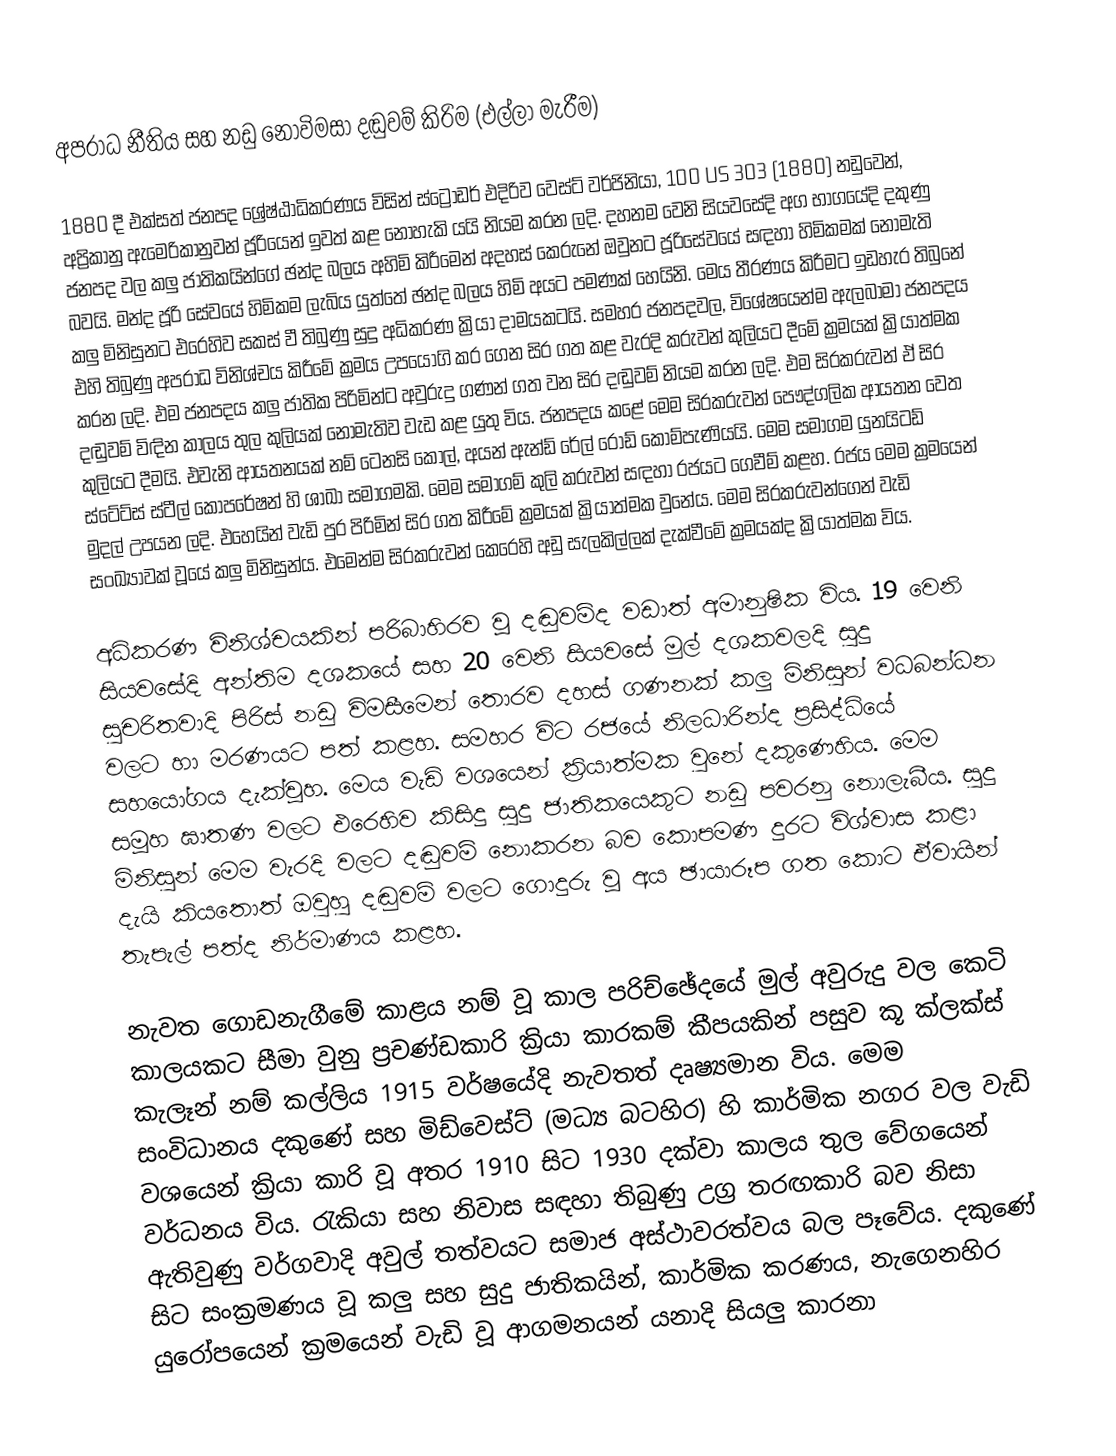
අපරාධ නීතිය සහ නඩු නොවිමසා දඬුවම් කිරිම (එල්ලා මැරීම)

1880 දී එක්සත් ජනපද ශ්‍රේෂ්ඨාධිකරණය විසින් ස්ට්‍රෝඩර් එදිරිව වෙස්ට් වර්ජිනියා, 100 US 303 (1880) නඩුවෙන්, අප්‍රිකානු ඇමෙරිකානුවන් ජූරියෙන් ඉවත් කළ නොහැකි යයි නියම කරන ලදි. දහනම වෙනි සියවසේදි අග භාගයේදි දකුණු ජනපද වල කලු ජාතිකයින්ගේ ඡන්ද බලය අහිමි කිරීමෙන් අදහස් කෙරුනේ ඔවුනට ජූරිසේවයේ සඳහා හිමිකමක් නොමැති බවයි. මන්ද ජූරි සේවයේ හිමිකම ලැබිය යුත්තේ ඡන්ද බලය හිමි අයට පමණක් හෙයිනි. මෙය තීරණය කිරීමට ඉඩහැර තිබුනේ කලු මිනිසුනට එරෙහිව සකස් වී තිබුණු සුදු අධිකරණ ක්‍රියා දාමයකටයි. සමහර ජනපදවල, විශේෂයෙන්ම ඇලබාමා ජනපදය එහි තිබුණු අපරාධ විනිශ්චය කිරීමේ ක්‍රමය උපයෝගි කර ගෙන සිර ගත කළ වැරදි කරුවන් කුලියට දීමේ ක්‍රමයක් ක්‍රියාත්මක කරන ලදි. එම ජනපදය කලු ජාතික පිරිමින්ට අවුරුදු ගණන් ගත වන සිර දඬුවම් නියම කරන ලදි. එම සිරකරුවන් ඒ සිර දඬුවම් විඳින කාලය තුල කුලියක් නොමැතිව වැඩ කළ යුතු විය. ජනපදය කළේ මෙම සිරකරුවන් පෞද්ගලික ආයතන වෙත කුලියට දීමයි. එවැනි ආයතනයක් නම් ටෙනසි කෝල්, අයන් ඇන්ඩ් රේල් රෝඩ් කොම්පැණියයි. මෙම සමාගම යුනයිටඩ් ස්ටේට්ස් ස්ටීල් කෝපරේෂන්  හි ශාඛා සමාගමකි. මෙම සමාගම් කුලි කරුවන් සඳහා රජයට ගෙවීම් කළහ. රජය මෙම ක්‍රමයෙන් මුදල් උපයන ලදි. එහෙයින් වැඩි පුර පිරිමින් සිර ගත කිරීමේ ක්‍රමයක් ක්‍රියාත්මක වුනේය. මෙම සිරකරුවන්ගෙන් වැඩි සංඛ්‍යාවක් වූයේ කලු මිනිසුන්ය. එමෙන්ම සිරකරුවන් කෙරෙහි අඩු සැලකිල්ලක් දැක්වීමේ ක්‍රමයක්ද ක්‍රියාත්මක විය.

අධිකරණ විනිශ්චයකින් පරිබාහිරව වූ දඬුවම්ද වඩාත් අමානුෂික විය. 19 වෙනි සියවසේදි අන්තිම දශකයේ සහ 20 වෙනි සියවසේ මුල් දශකවලදි සුදු සුචරිතවාදි පිරිස් නඩු විමසීමෙන් තොරව දහස් ගණනක් කලු මිනිසුන් වධබන්ධන වලට හා මරණයට පත් කළහ. සමහර විට රජයේ නිලධාරින්ද ප්‍රසිද්ධියේ සහයෝගය දැක්වූහ. මෙය වැඩි වශයෙන් ක්‍රියාත්මක වුනේ දකුණෙහිය. මෙම සමූහ ඝාතණ වලට එරෙහිව කිසිදු සුදු ජාතිකයෙකුට නඩු පවරනු නොලැබීය. සුදු මිනිසුන් මෙම වැරදි වලට දඬුවම් නොකරන බව කොපමණ දුරට විශ්වාස කළා දැයි කියතොත් ඔවුහු දඬුවම් වලට ගොදුරු වූ අය ඡායාරූප ගත කොට ඒවායින් තැපැල් පත්ද නිර්මාණය කළහ.

නැවත ගොඩනැගීමේ කාළය නම් වූ කාල පරිච්ඡේදයේ මුල් අවුරුදු වල කෙටි කාලයකට සීමා වුනු ප්‍රචණ්ඩකාරි ක්‍රියා කාරකම් කීපයකින් පසුව කූ ක්ලක්ස් කැලෑන් නම් කල්ලිය 1915 වර්ෂයේදි නැවතත් දෘෂ්‍යමාන විය. මෙම සංවිධානය දකුණේ සහ මිඩ්වෙස්ට් (මධ්‍ය බටහිර) හි කාර්මික නගර වල වැඩි වශයෙන් ක්‍රියා කාරි වූ අතර 1910 සිට 1930 දක්වා කාලය තුල ‍වේගයෙන් වර්ධනය විය. රැකියා සහ නිවාස සඳහා තිබුණු උග්‍ර තරඟකාරි බව නිසා ඇතිවුණු වර්ගවාදි අවුල් තත්වයට සමාජ අස්ථාවරත්වය බල පෑවේය. දකුණේ සිට සංක්‍රමණය වූ කලු සහ සුදු ජාතිකයින්, කාර්මික කරණය, නැගෙනහිර යුරෝපයෙන් ක්‍රමයෙන් වැඩි වූ ආගමනයන් යනාදි සියලු කාරනා